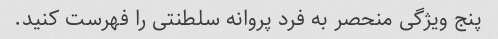
پنج ویژگی منحصر به فرد پروانه سلطنتی را فهرست کنید.